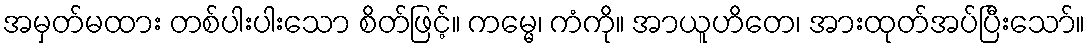
အမှတ်မထား တစ်ပါးပါးသော စိတ်ဖြင့်။ ကမ္မေ၊ ကံကို။ အာယူဟိတေ၊ အားထုတ်အပ်ပြီးသော်။